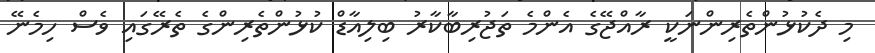
މި ދެކުޅުންތެރިންނަކީ ރާއްޖޭގެ އެންމެ ތަޖުރިބާކާރު ބިލިއާޑް ކުޅުންތެރިންގެ ތެރޭގައި ވެސް ހިމެނޭ